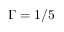
\Gamma = 1 / 5